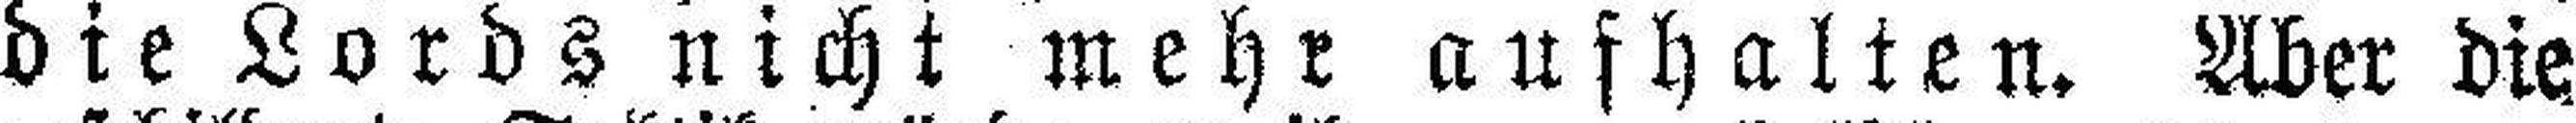
die Lords nicht mehr aufhalten. Aber die